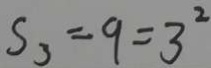
S _ { 3 } = 9 = 3 ^ { 2 }